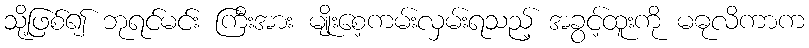
သို့ဖြစ်၍ ဘုရင်မင်း ကြီးအား မျိုးစေ့ကမ်းလှမ်းရသည့် အခွင့်ထူးကို မဓုလိကာက